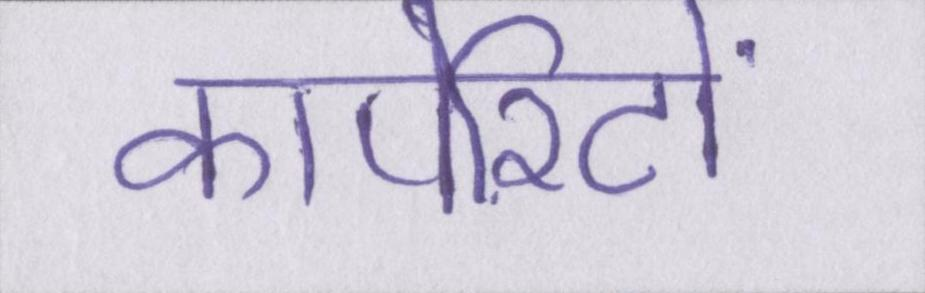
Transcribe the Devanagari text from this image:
कार्पोरेटों